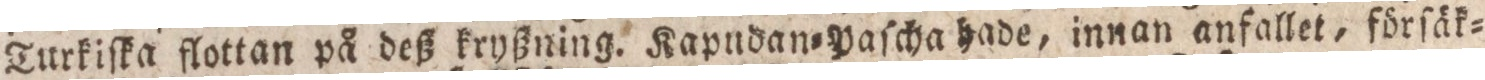
Turkiſka flottan på deß kryßning. Kapndan=Paſcha hade, innan anfallet, förſäk=